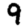
Digit: 9